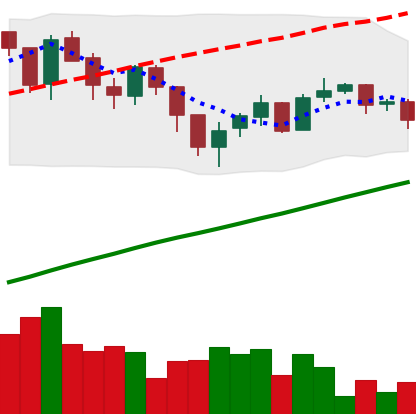
Ticker: LTC-USD
Chart end date: 2017-07-25
Forward return: -4.307%
Label: down_3_5